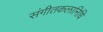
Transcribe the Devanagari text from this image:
संगीतकलानिधि